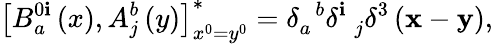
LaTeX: \left[B_{a}^{0\mathbf{i}}\left(x\right),A_{j}^{b}\left(y\right)\right]_{x^{0}=y^{0}}^{*}=\delta_{a}^{\; \; b}\delta_{\; \; j}^{\mathbf{i}}\delta^{3}\left({\mathbf{x}}-{\mathbf{y}}\right),